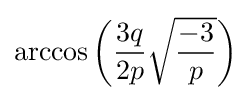
\arccos \left({\frac {3q}{2p}}{\sqrt {\frac {-3}{p}}}\right)